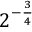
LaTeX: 2 ^ { - { \frac { 3 } { 4 } } }